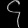
Digit: ၄